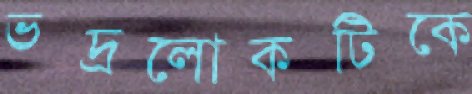
ভদ্রলোকটিকে